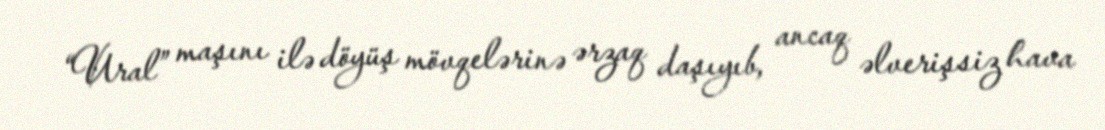
“Ural” maşını ilə döyüş mövqelərinə ərzaq daşıyıb, ancaq əlverişsiz hava